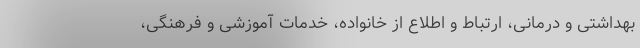
بهداشتی و درمانی، ارتباط و اطلاع از خانواده،‌ خدمات آموزشی و فرهنگی،